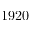
1 9 2 0